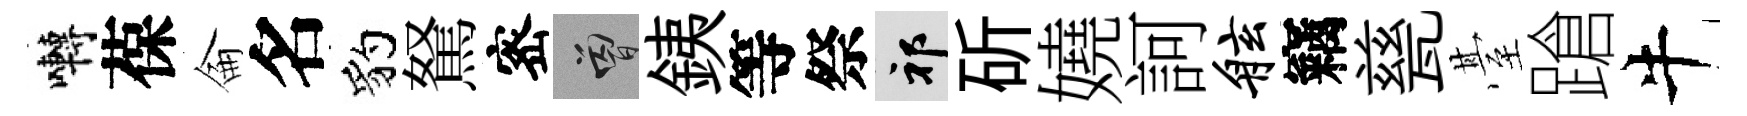
囀葆侖名豹駑宻曾銕等祭祁斫嬈訶舷竊甆䑓蹌牛